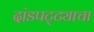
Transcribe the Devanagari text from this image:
दांडपट्ट्याचा